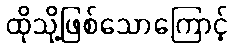
ထိုသို့ဖြစ်သောကြောင့်